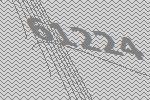
61224